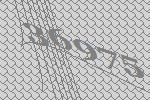
36975